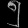
Digit: ၅